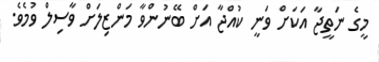
މީގެ ނަތީޖާ އަކަށް ވަނީ ކުއްޖާ އަށް ބޭނުންވާ މަންޒިލަށް ވާސިލް ވުމެވެ.